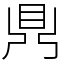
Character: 𪔂